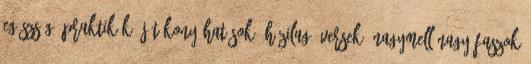
Egészség, Praktikák, Jótékony hatások, Házilag, Versek, Nagymell Nagy faszok